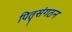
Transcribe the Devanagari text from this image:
पितृसंगठन